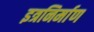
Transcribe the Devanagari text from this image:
इत्रनिर्माण